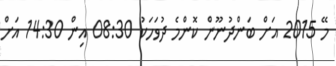
މޭ 2015 އަށް ބަންދުނޫން ކޮންމެ ދުވަހަކު 08:30 އިން 14:30 އަށް